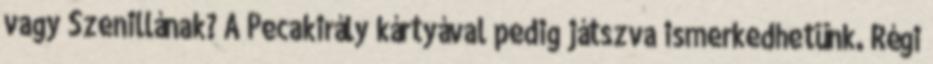
vagy Szenillának? A Pecakirály kártyával pedig játszva ismerkedhetünk. Régi